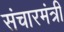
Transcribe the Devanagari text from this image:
संचारमंत्री